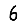
Digit: 6